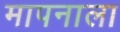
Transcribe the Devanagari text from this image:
मापनाला